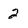
Character: 2